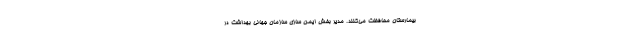
بیمارستان محافظت می‌کنند. مدیر بخش ایمن سازی سازمان جهانی بهداشت در